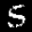
Label: 5